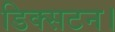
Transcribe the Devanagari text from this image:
डिक्सटन।